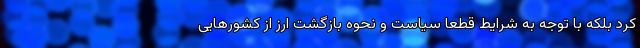
کرد بلکه با توجه به شرایط قطعا سیاست و نحوه بازگشت ارز از کشورهایی